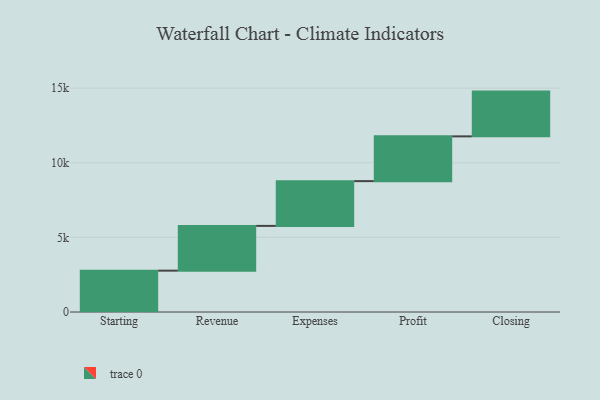
{"axis": {"x": "Step", "y": "Value"}, "legend": [""], "data": [{"x": "Starting", "y": 2771.0, "type": ""}, {"x": "Revenue", "y": 3000, "type": ""}, {"x": "Expenses", "y": 3000, "type": ""}, {"x": "Profit", "y": 3000, "type": ""}, {"x": "Closing", "y": 3000, "type": ""}]}